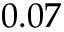
0 . 0 7